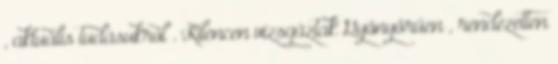
, aktuális tudásukról . Kilencen vizsgáztak Gyönyörűen , rendezetten